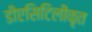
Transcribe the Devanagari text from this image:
डीएसिटिलीकृत